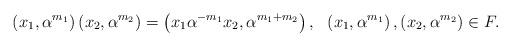
LaTeX: \begin{align*}\left( x_{1},\alpha^{m_{1}}\right) \left( x_{2},\alpha^{m_{2}}\right)=\left( x_{1}\alpha^{-m_{1}}x_{2},\alpha^{m_{1}+m_{2}}\right), \ \ \left( x_{1},\alpha^{m_{1}}\right) ,\left( x_{2},\alpha^{m_{2}}\right)\in F.\end{align*}